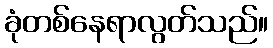
ခုံတစ်နေရာလွတ်သည်။